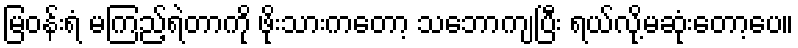
မြဝန်းရံ မကြည့်ရဲတာကို ဖိုးသားကတော့ သဘောကျပြီး ရယ်လို့မဆုံးတော့ပေ။